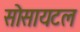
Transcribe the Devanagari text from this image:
सोसायटल